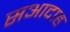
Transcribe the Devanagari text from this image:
सआदाह